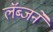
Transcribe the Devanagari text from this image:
लॅब्जने